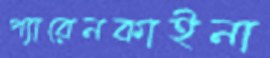
প্যারেনকাইনা